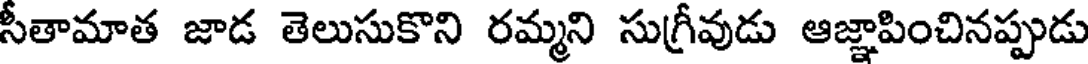
సీతామాత జాడ తెలుసుకొని రమ్మని సుగ్రీవుడు ఆజ్ఞాపించినప్పుడు